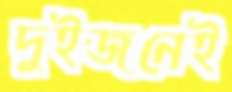
দুইজনেই